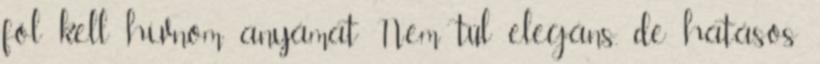
föl kell hívnom anyámat Nem túl elegáns, de hatásos